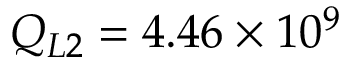
Q _ { L 2 } = 4 . 4 6 \times 1 0 ^ { 9 }